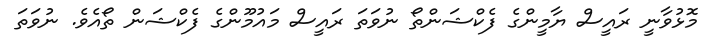
މޮޅުވާނީ ރައީސް ޔާމީންގެ ފެކްޝަންތޯ ނުވަތަ ރައީސް މައުމޫންގެ ފެކްޝަން ތޯއެވެ. ނުވަތަ